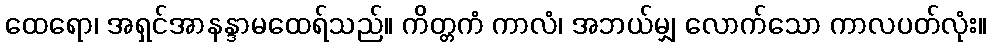
ထေရော၊ အရှင်အာနန္ဒာမထေရ်သည်။ ကိတ္တကံ ကာလံ၊ အဘယ်မျှ လောက်သော ကာလပတ်လုံး။